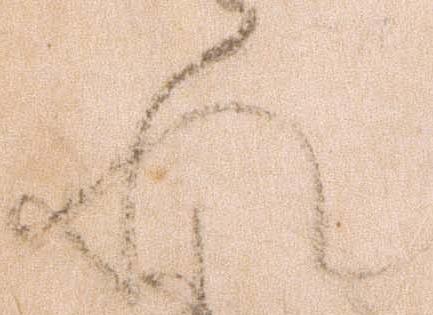
れ